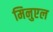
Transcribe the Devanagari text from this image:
मिनुएल